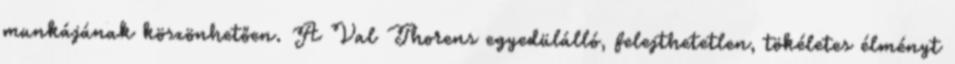
munkájának köszönhetően. A Val Thorens egyedülálló, felejthetetlen, tökéletes élményt